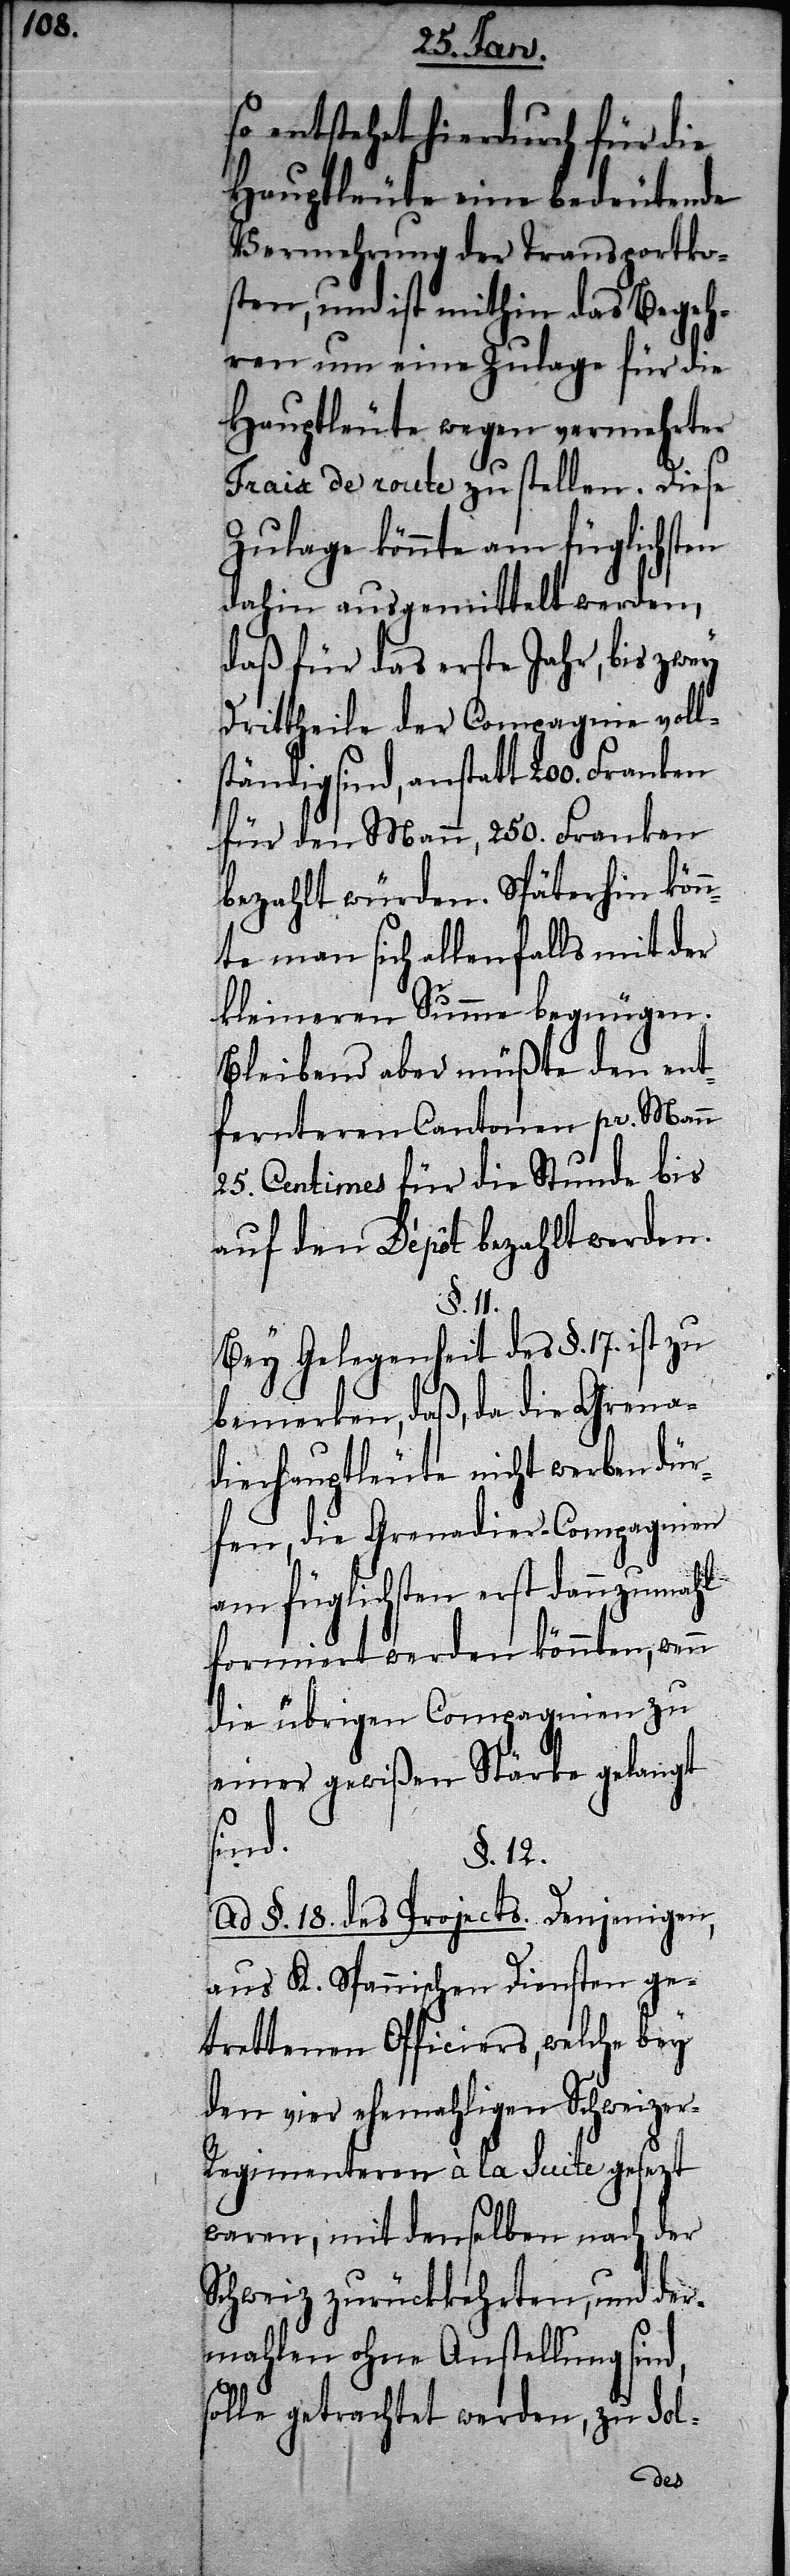
so entstehet hierdurch für die
Hauptleute eine bedeutende
Vermehrung der Transportko¬
sten, und ist mithin das Begeh¬
ren um eine Zulage für die
Haupteute wegen vermehrter
Frais de route zu stellen. Diese
Zulage könnte am füglichsten
dahin ausgemittelt werden,
daß für das erste Jahr, bis zwey
Drittheile der Compagnie voll¬
ständig sind, anstatt 200. Franken
für den Mann, 250. Franken
bezahlt würden. Späterhin kön¬
nte man sich allenfalls mit der
kleineren Summe begnügen.
Bleibend aber müßte den ent¬
fernteren Cantonen pr. Mann
25. Centimes für die Stunde bis
auf den Dèpôt bezahlt werden.
§. 11.
Bey Gelegenheit des §. 17. ist zu
bemerken, daß, da die Grena¬
dierhauptleute nicht werben dür¬
fen, die Grenadier-Compagnien
am füglichsten erst dannzumahl
formiert werden könnten, wenn
die übrigen Compagnien zu
einer gewißen Stärke gelangt
sind.
§. 12.
Ad §. 18. des Projects. Denjenigen,
aus K. Spannischen Diensten ge¬
trettenen Officiers, welche bey
den vier ehemahligen Schweize¬
r-Regimenteren à la Suite gesezt
waren, mit denselben nach der
Schweiz zurückkehrten, und der¬
mahlen ohne Anstellung sind,
solle getrachtet werden, zu Sol-